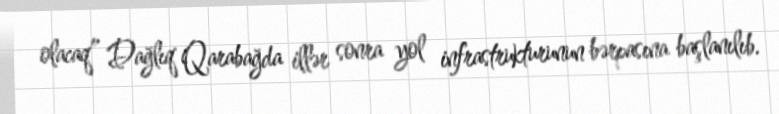
olacaq” Dağlıq Qarabağda illər sonra yol infrastrukturunun bərpasına başlanılıb.